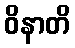
ဝိနာတိ